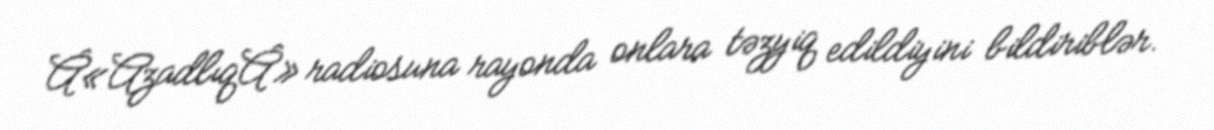
Â«AzadlıqÂ» radiosuna rayonda onlara təzyiq edildiyini bildiriblər.